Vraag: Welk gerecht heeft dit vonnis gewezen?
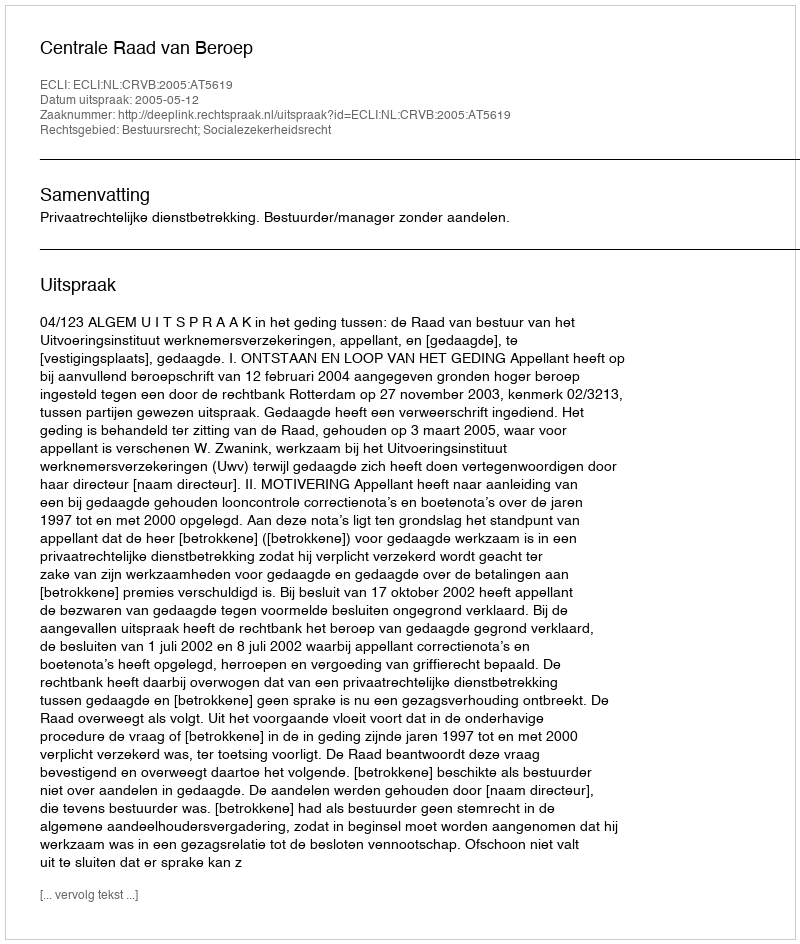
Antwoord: Centrale Raad van Beroep